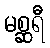
မစ္ဆရီ